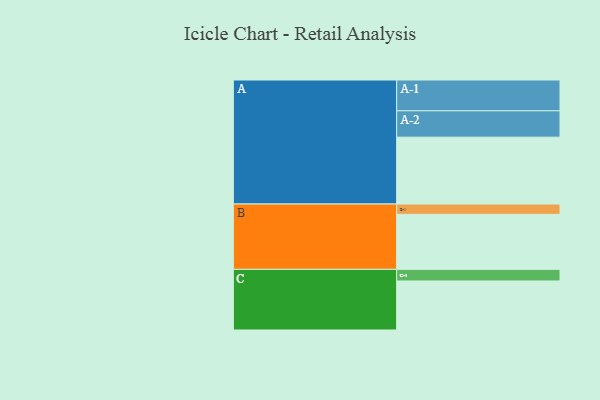
{"axis": {"x": "Segment", "y": "Value"}, "legend": ["", "A", "B", "C"], "data": [{"x": "A", "y": 558, "type": ""}, {"x": "B", "y": 459, "type": ""}, {"x": "C", "y": 409, "type": ""}, {"x": "A-1", "y": 257, "type": "A"}, {"x": "A-2", "y": 220, "type": "A"}, {"x": "B-1", "y": 86, "type": "B"}, {"x": "C-1", "y": 97, "type": "C"}]}